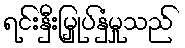
ရင်းနှီးမြှုပ်နှံမှုသည်